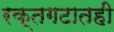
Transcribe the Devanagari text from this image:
रक्तगटातही